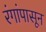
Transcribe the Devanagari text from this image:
रंगांपासून